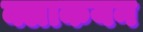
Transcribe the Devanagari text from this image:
क्लाकयन